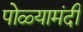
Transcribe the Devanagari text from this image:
पोळ्यामंदी